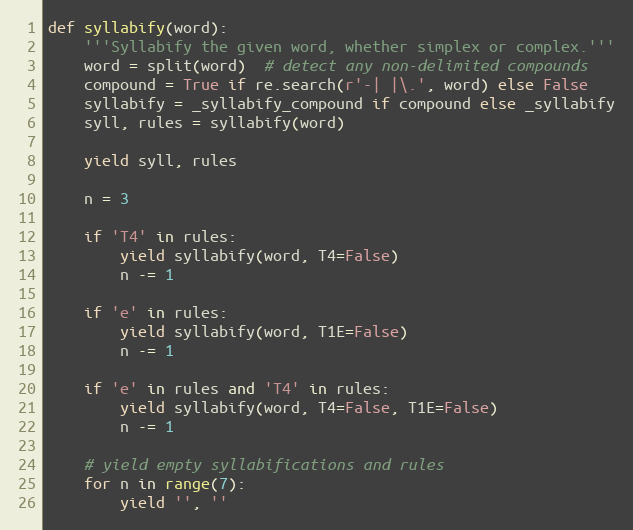
Language: Python
def syllabify(word):
    '''Syllabify the given word, whether simplex or complex.'''
    word = split(word)  # detect any non-delimited compounds
    compound = True if re.search(r'-| |\.', word) else False
    syllabify = _syllabify_compound if compound else _syllabify
    syll, rules = syllabify(word)

    yield syll, rules

    n = 3

    if 'T4' in rules:
        yield syllabify(word, T4=False)
        n -= 1

    if 'e' in rules:
        yield syllabify(word, T1E=False)
        n -= 1

    if 'e' in rules and 'T4' in rules:
        yield syllabify(word, T4=False, T1E=False)
        n -= 1

    # yield empty syllabifications and rules
    for n in range(7):
        yield '', ''